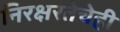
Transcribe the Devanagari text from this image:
निरक्षरतेचेही